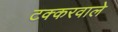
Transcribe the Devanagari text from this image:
टक्करवाले